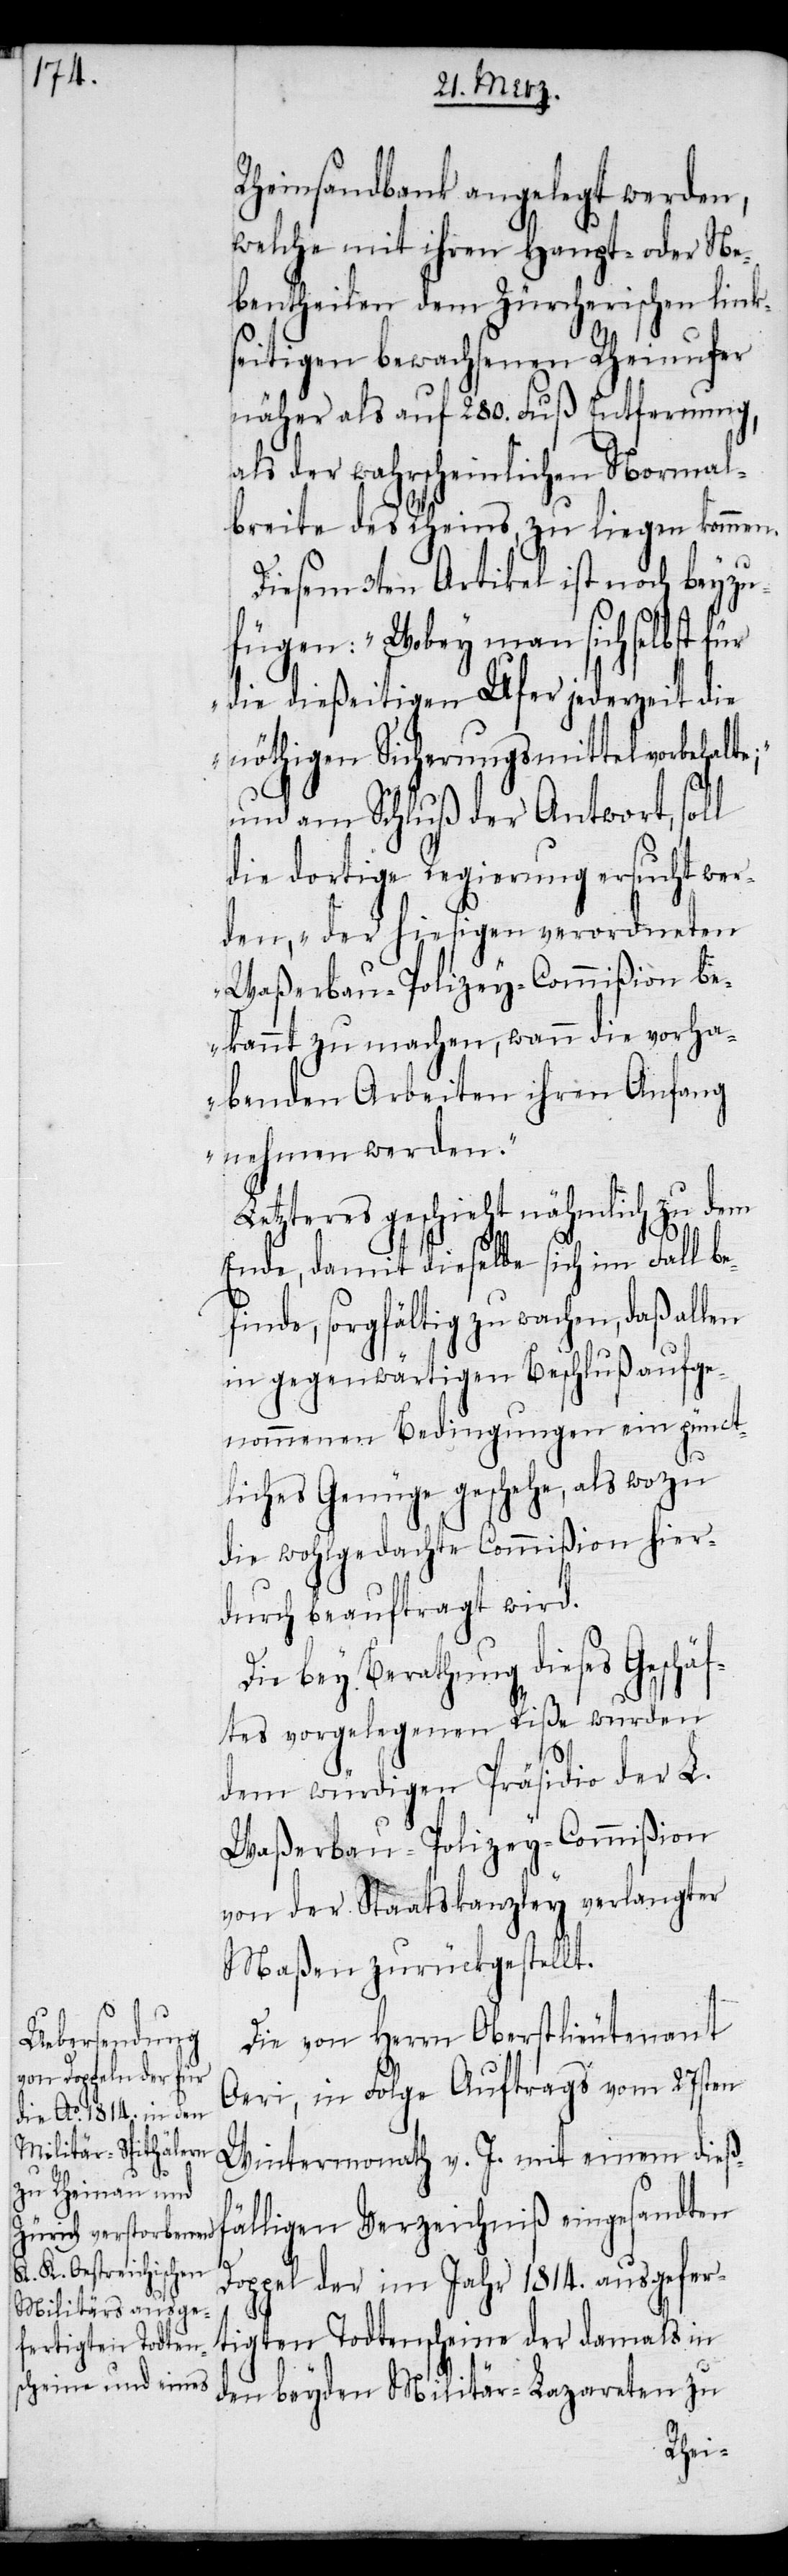
Rheinsandbank angelegt werden,
welche mit ihren Haupt- oder Ne¬
bentheilen dem Zürcherischen links¬
eitigen bewachsenen Rheinufer
näher als auf 280. Fuß Entfernung,
als der wahrscheinlichen Normal¬
breite des Rheins, zu liegen kommen.
Diesem 3ten Artikel ist noch beyzu¬
fügen: „Wobey man sich selbst für
die dießeitigen Ufer jederzeit die
nöthigen Sicherungsmittel vorbehalt¬
und am Schluß der Antwort, soll
die dortige Regierung ersucht wer¬
den, „der hiesigen verordneten
Waßerbau-Polizey-Commißion be¬
kannt zu machen, wann die vorha¬
benden Arbeiten ihren Anfang
nehmen werden.“
Letzteres geschieht nähmlich zu dem
Ende, damit dieselbe sich im Fall be¬
finde, sorgfältig zu wachen, daß allen
in gegenwärtigen Beschluß aufge¬
nommenen Bedingungen ein pünct¬
liches Genüge geschehe, als wozu
die wohlgedachte Commißion hier¬
durch beauftragt wird.
Die bey Berathung dieses Geschäf¬
tes vorgelegenen Riße wurden
dem würdigen Präsidio der L.
Waßerbau-Polizey-Commißion
von der Staatskanzley verlangter
Maßen zurückgestellt.
Die von Herrn Oberstlieutenant
Oeri, in Folge Auftrags vom 27sten
Wintermonath v. J. mit einem dießf¬
e;“
älligen Verzeichniß eingesandten
Doppel der im Jahr 1814. ausgefer¬
tigten Todtenscheine der damals in
den beyden Militär-Lazareten zu